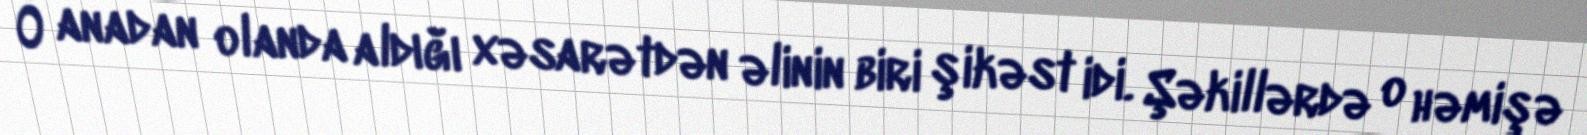
O anadan olanda aldığı xəsarətdən əlinin biri şikəst idi. Şəkillərdə o həmişə